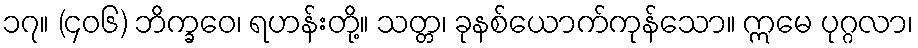
၁၇။ (၄၀၆) ဘိက္ခဝေ၊ ရဟန်းတို့။ သတ္တ၊ ခုနစ်ယောက်ကုန်သော။ ဣမေ ပုဂ္ဂလာ၊